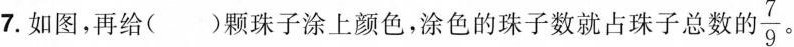
7.如图，再给()颗珠子涂上颜色，涂色的珠子数就占珠子总数\frac{7}{9}。